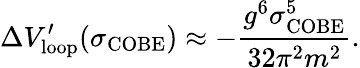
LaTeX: \Delta V_{\mathrm{loop}}^{\prime}(\sigma_{\mathrm{COBE}})\approx-\frac{g^{6}\sigma_{\mathrm{COBE}}^{5}}{32\pi^{2}m^{2}}.